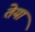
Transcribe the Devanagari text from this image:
तेया